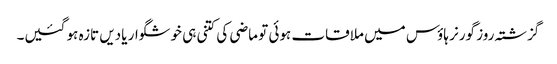
گزشتہ روز گورنر ہاؤس میں ملاقات ہوئی تو ماضی کی کتنی ہی خوشگوار یادیں تازہ ہو گئیں۔